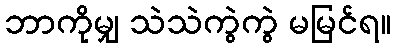
ဘာကိုမျှ သဲသဲကွဲကွဲ မမြင်ရ။